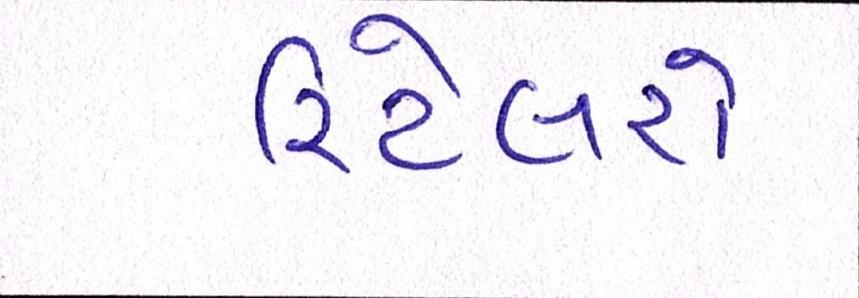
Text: રિટેલરો